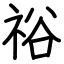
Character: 𥙿